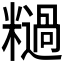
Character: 𫃓